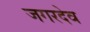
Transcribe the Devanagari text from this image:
जगरदेव